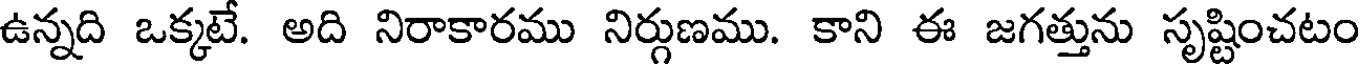
ఉన్నది ఒక్కటే. అది నిరాకారము నిర్గుణము. కాని ఈ జగత్తును సృష్టించటం